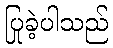
ပြုခဲ့ပါသည်